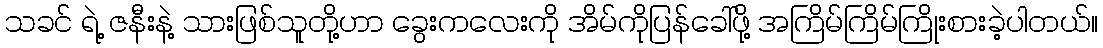
သခင် ရဲ့ ဇနီးနဲ့ သားဖြစ်သူတို့ဟာ ခွေးကလေးကို အိမ်ကိုပြန်ခေါ်ဖို့ အကြိမ်ကြိမ်ကြိုးစားခဲ့ပါတယ်။